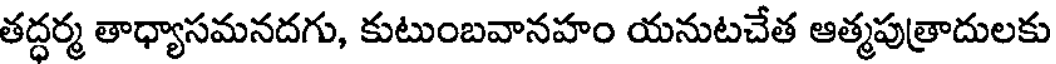
తద్ధర్మ తాధ్యాసమనదగు, కుటుంబవానహం యనుటచేత ఆత్మపుత్రాదులకు